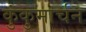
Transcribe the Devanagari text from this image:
कुंकुमार्चन